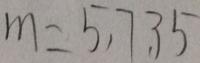
m = 5 , 7 , 3 5